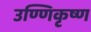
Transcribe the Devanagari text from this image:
उण्णिकृष्ण